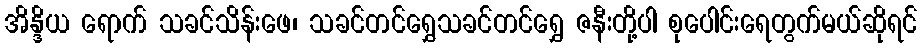
အိန္ဒိယ ရောက် သခင်သိန်းဖေ၊ သခင်တင်ရွှေသခင်တင်ရွှေ ဇနီးတို့ပါ စုပေါင်းရေတွက်မယ်ဆိုရင်